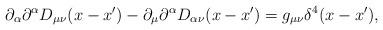
LaTeX: \begin{align*}\partial _{\alpha }\partial ^{\alpha }D_{\mu \nu }(x-x^{\prime })-\partial_{\mu }\partial ^{\alpha }D_{\alpha \nu }(x-x^{\prime })=g_{\mu \nu }\delta^{4}(x-x^{\prime }),\end{align*}